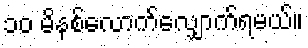
၁၀ မိနစ်လောက်လျှောက်ရမယ်။